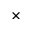
\times